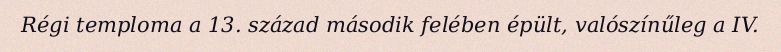
Régi temploma a 13. század második felében épült, valószínűleg a IV.